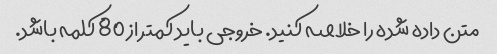
متن داده شده را خلاصه کنید. خروجی باید کمتر از 80 کلمه باشد.